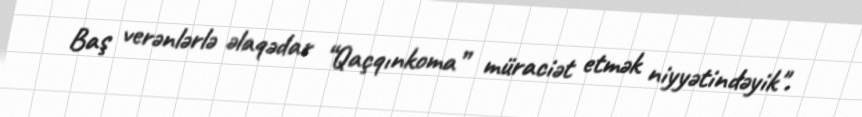
Baş verənlərlə əlaqədar “Qaçqınkoma” müraciət etmək niyyətindəyik".